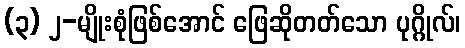
(၃) ၂-မျိုးစုံဖြစ်အောင် ဖြေဆိုတတ်သော ပုဂ္ဂိုလ်၊